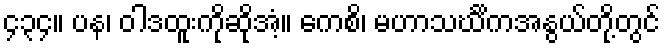
၄၃၄။ ပန၊ ဝါဒထူးကိုဆိုအံ့။ ကေစိ၊ မဟာသင်္ဃိကအနွယ်တို့တွင်